Indian journal of veterinary science and animal husbandry - Volumes 18-21, 1948-1951
Year: 1948
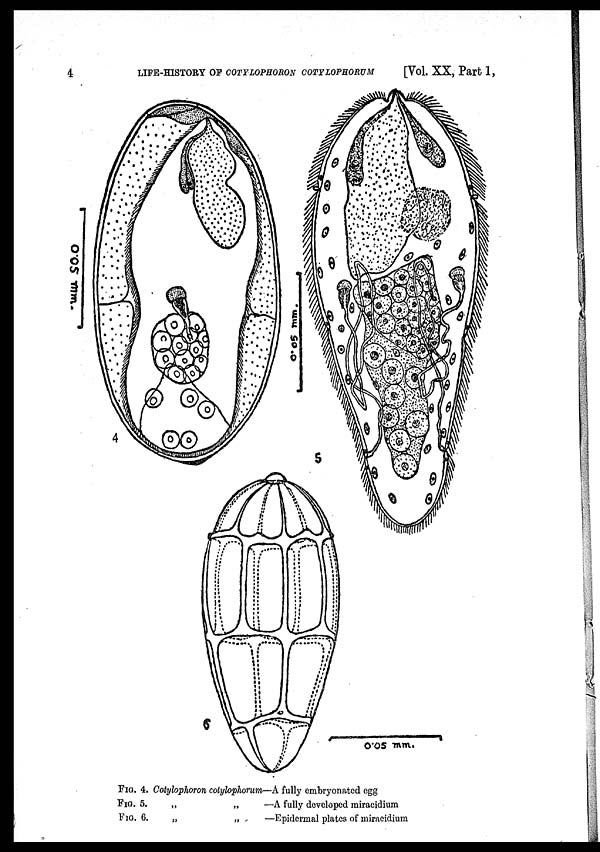
4
LIFE-HISTORY OF COTYLOPHORON COTYLOPHORUM
[Vol. XX, Part 1,
FIG. 4. Cotylophoron cotylophorum—A fully embryonated egg
FIG. 5.
„
„
—A fully developed miracidium
FIG. 6.
„
„
—Epidermal plates of miracidium